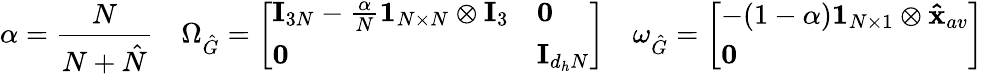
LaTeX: \alpha=\frac{N}{N+\hat{N}}\quad\Omega_{\hat{G}}=\left[\begin{array}{ll}{\mathbf{I}_{3N}-\frac{\alpha}{N}\mathbf{1}_{N\times N}\otimes\mathbf{I}_{3}}&{\mathbf{0}}\\ {\mathbf{0}}&{\mathbf{I}_{d_{h}N}}\end{array}\right]\quad\omega_{\hat{G}}=\left[\begin{array}{l}{-(1-\alpha)\mathbf{1}_{N\times 1}\otimes\mathbf{\hat{x}}_{av}}\\ {\mathbf{0}}\end{array}\right]